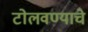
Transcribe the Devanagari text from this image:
टोलवण्याचे